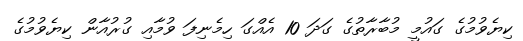
ކިޔެވުމުގެ ގައުމީ މުބާރާތުގެ ގަދަ 10 އެއްގަ ހިމެނިފަ ވުމާއި ގުރުއާން ކިޔެވުމުގެ